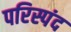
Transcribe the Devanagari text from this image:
परिस्पंद